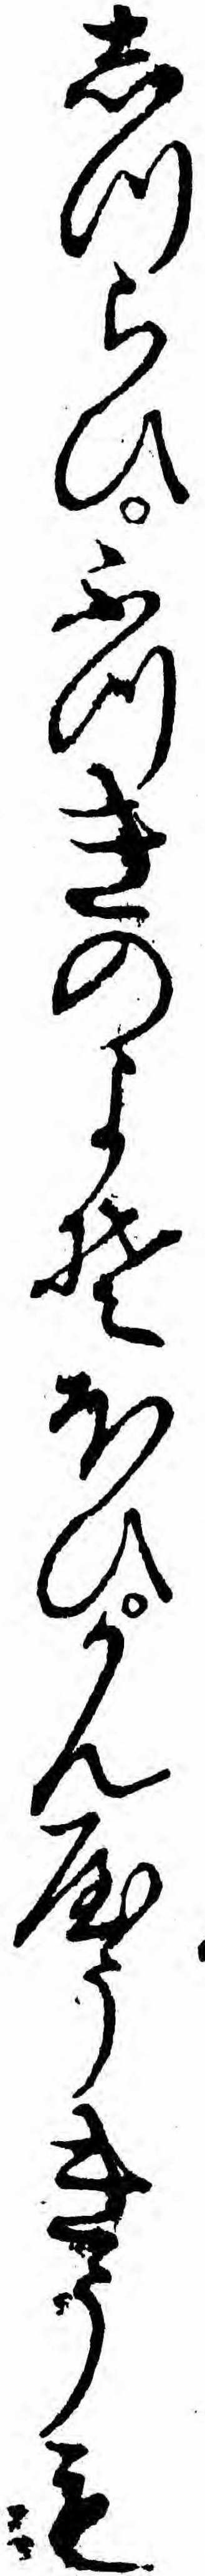
しつらひふつきのよそほひかんやうきうも